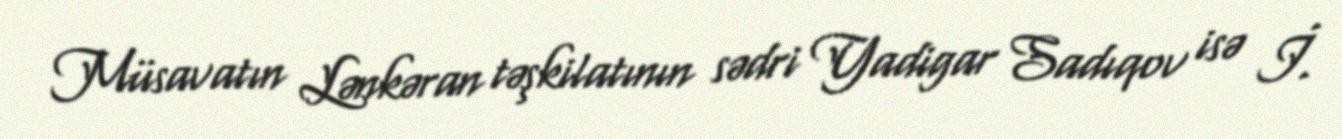
Müsavatın Lənkəran təşkilatının sədri Yadigar Sadıqov isə İ.